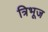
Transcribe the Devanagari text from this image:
त्रिभूज